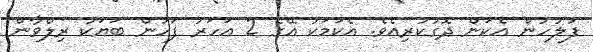
ފުލުހުން އެކަން ދޮގުކުރިއެވެ. އެކަމަކު އޭގެ 2 އަހަރު ފަހުން ބަޔަކު ރިލްވާން